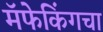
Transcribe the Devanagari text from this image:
मॅफेकिंगचा